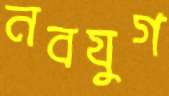
নবযুগ